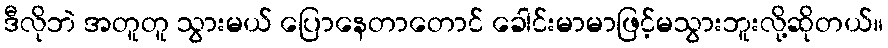
ဒီလိုဘဲ အတူတူ သွားမယ် ပြောနေတာတောင် ခေါင်းမာမာဖြင့်မသွားဘူးလို့ဆိုတယ်။